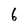
Character: 6